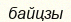
байцзы